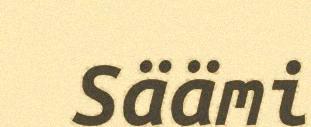
Säämi